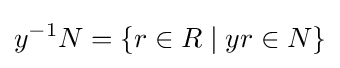
y^{-1}N=\{r\in R\mid yr\in N\}